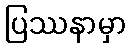
ပြဿနာမှာ